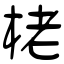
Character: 栳